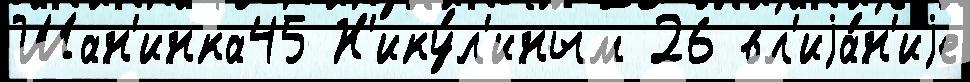
Шан'инка45 Н'ику́л'иным 26 вл'иjа́н'иjе